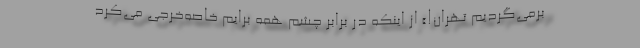
برمی‌گردیم تهران!» از اینکه در برابر چشم همه برایم خاصه‌خرجی می‌کرد